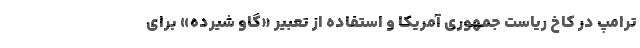
ترامپ در کاخ ریاست جمهوری آمریکا و استفاده از تعبیر «گاو شیرده» برای